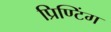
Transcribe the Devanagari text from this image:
प्रिण्टिंग